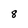
Character: 8